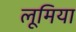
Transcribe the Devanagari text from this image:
लूमिया